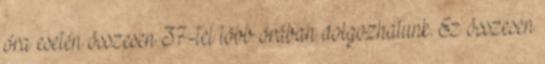
óra esetén összesen 37-tel több órában dolgozhatunk. Ez összesen